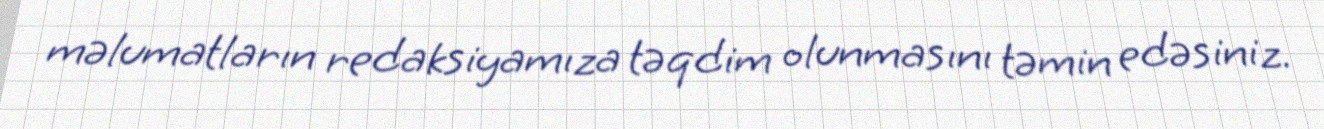
məlumatların redaksiyamıza təqdim olunmasını təmin edəsiniz.